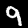
Digit: 9